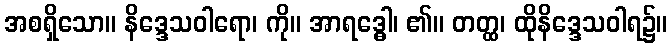
အစရှိသော။ နိဒ္ဒေသဝါရော၊ ကို။ အာရဒ္ဓေါ၊ ၏။ တတ္ထ၊ ထိုနိဒ္ဒေသဝါရ၌။